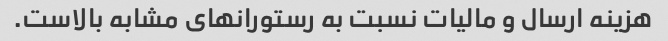
هزینه ارسال و مالیات نسبت به رستورانهای مشابه بالاست.